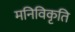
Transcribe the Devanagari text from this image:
मनिविकृति